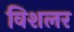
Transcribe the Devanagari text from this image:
विशलर